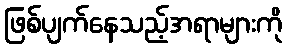
ဖြစ်ပျက်နေသည့်အရာများကို